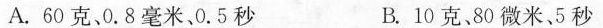
A.60克、0.8毫米、0.5秒 B.10克80微米、5秒